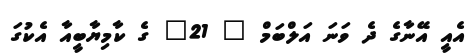
އެއީ އޭނާގެ ދެ ވަނަ އަލްބަމް " 21" ގެ ކާމިޔާބީއާ އެކުގަ